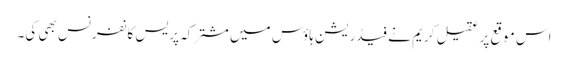
اس موقع پر عقیل کریم نے فیڈریشن ہاؤس میں مشترکہ پریس کانفرنس بھی کی۔